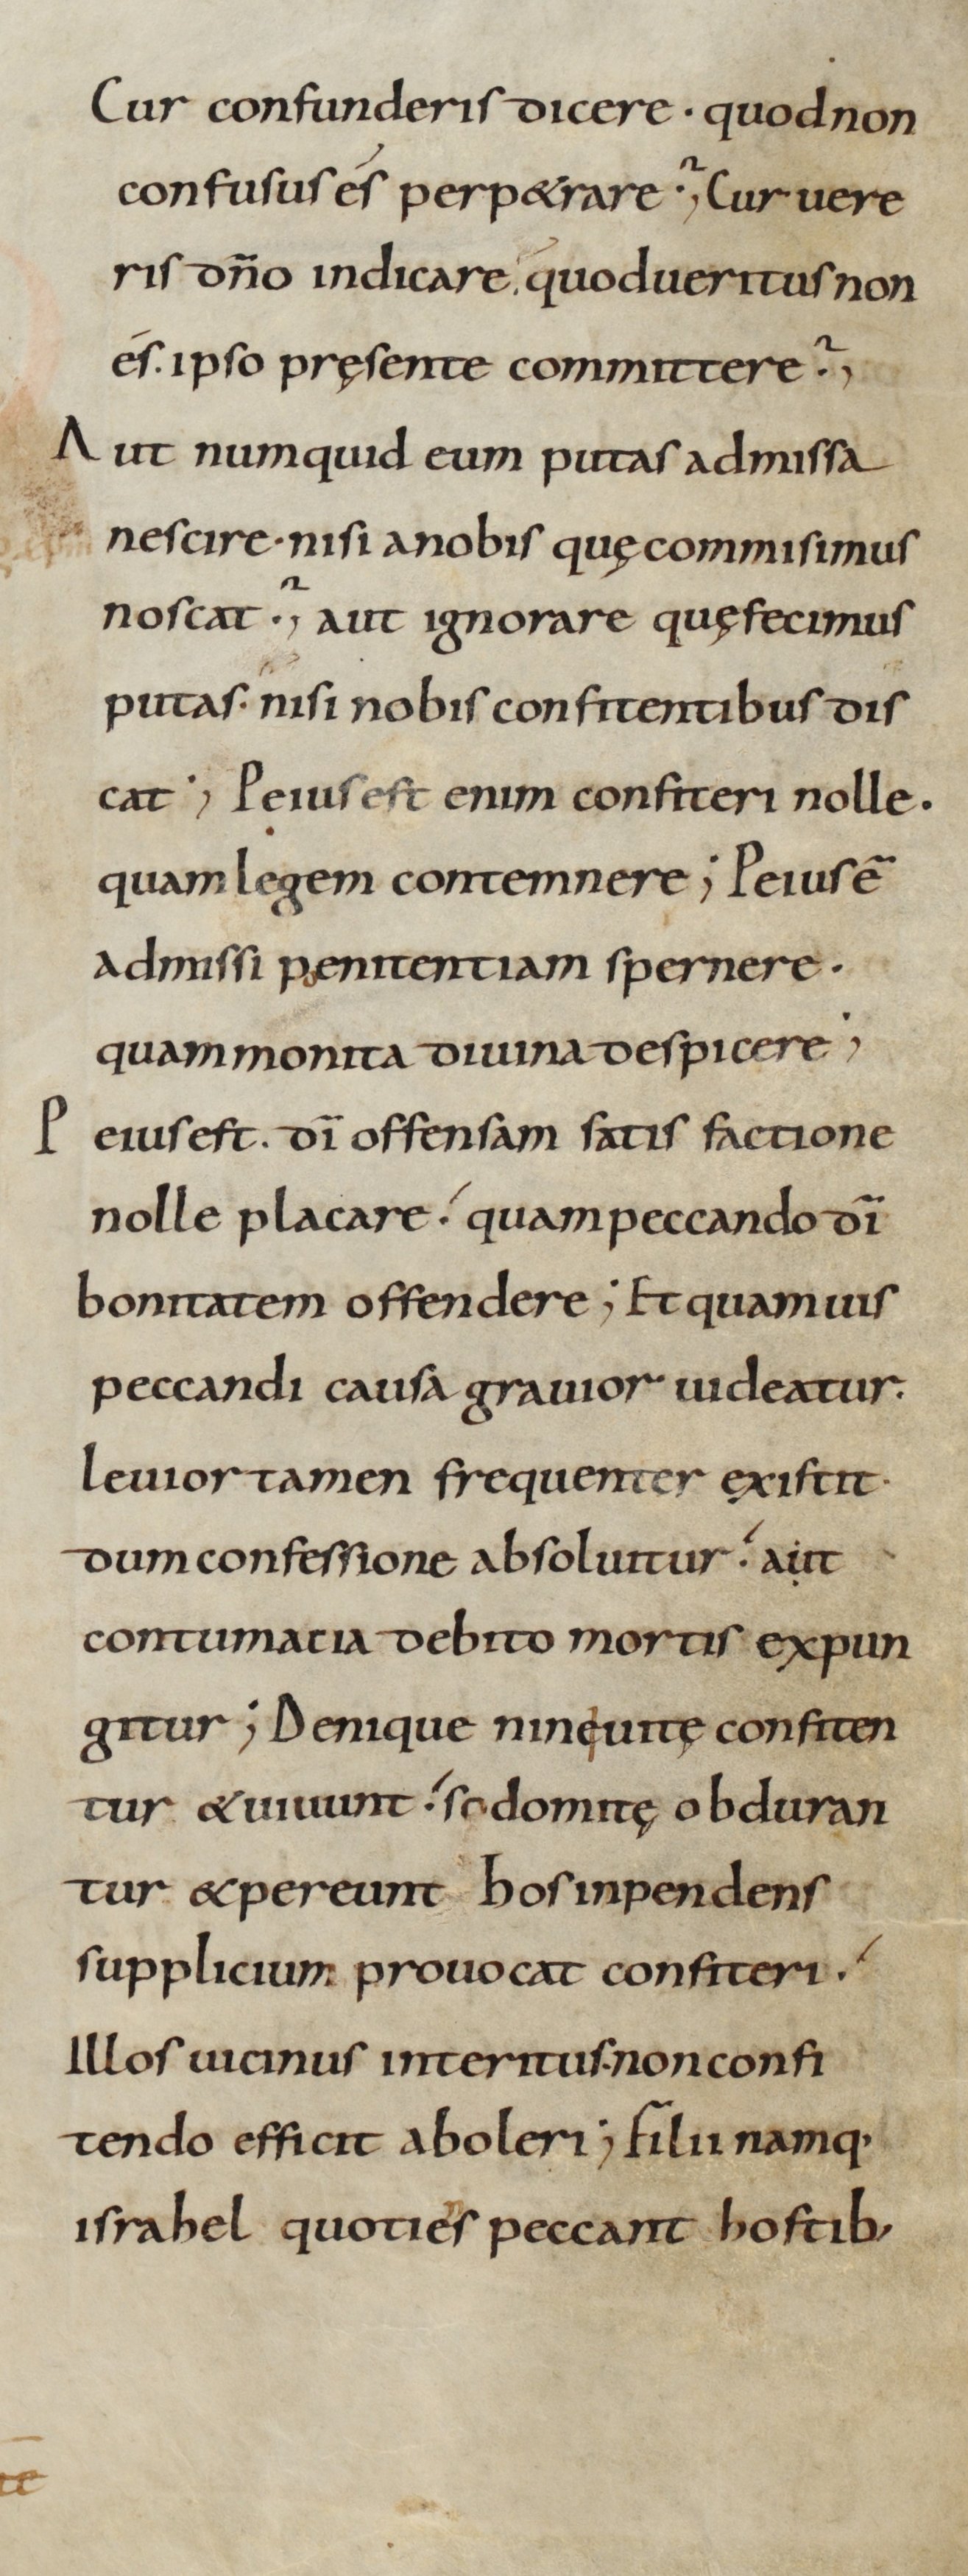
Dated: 900–930